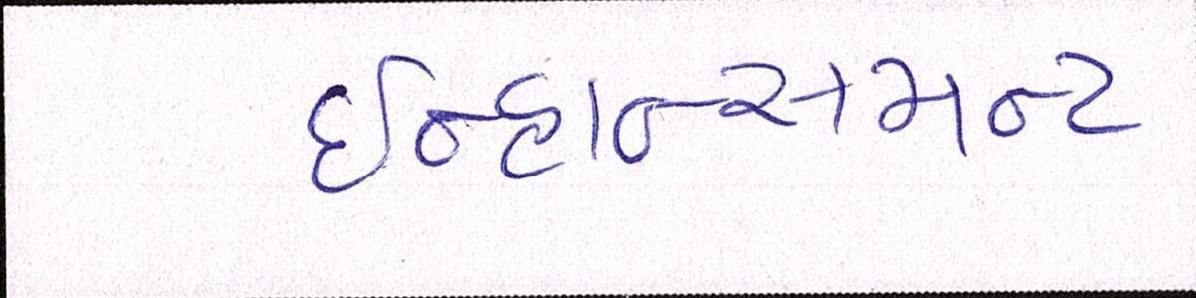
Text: ઇન્હાન્સમન્ટ